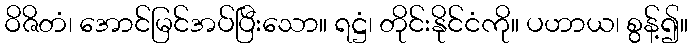
ဝိဇိတံ၊ အောင်မြင်အပ်ပြီးသော။ ရဋ္ဌံ၊ တိုင်းနိုင်ငံကို။ ပဟာယ၊ စွန့်၍။